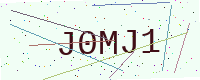
Text: J0MJ1